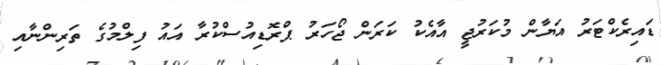
ޑައިރެކްޓަރު އަޔާން މުކަރުޖީ އާއެކު ކަރަން ޖޯހަރު ޕްރޮޑިއުސްކުރާ އައު ފިލްމުގެ ތަރިންނާއި